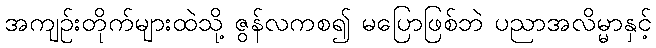
အကျဉ်းတိုက်များထဲသို့ ဇွန်လကစ၍ မပြောဖြစ်ဘဲ ပညာအလိမ္မာနှင့်